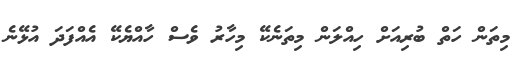
މިތަން ހަތް ބުރިއަށް ހިއްލަން މިތަނެކޭ މިހާރު ވެސް ހާއްޔެކޭ އެއްފަދަ އުޅޭނެ